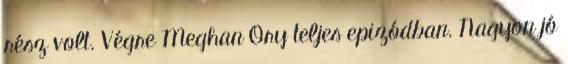
rész volt. Végre Meghan Ory teljes epizódban. Nagyon jó